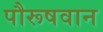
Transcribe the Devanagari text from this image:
पौरूषवान